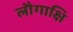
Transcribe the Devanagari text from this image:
लौगाक्षि